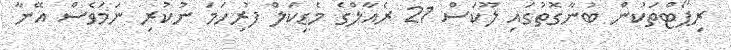
ރިޕޯޓްތަކުން ބުނާގޮތުގައި ލޫކަސް 21 ރެއާލްގެ މެޑިކަލް ފުރިހަމަ ނުކުރި ނަމަވެސް އޭނާ